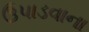
ઉપાડવાના